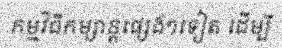
កម្មវិធីកម្សាន្តផ្សេងៗទៀត ដើម្បី